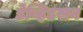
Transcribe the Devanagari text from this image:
डेव्हिडसन